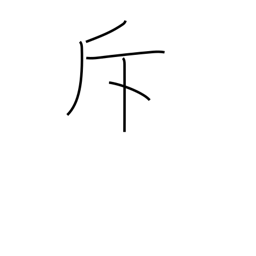
Meaning: recede